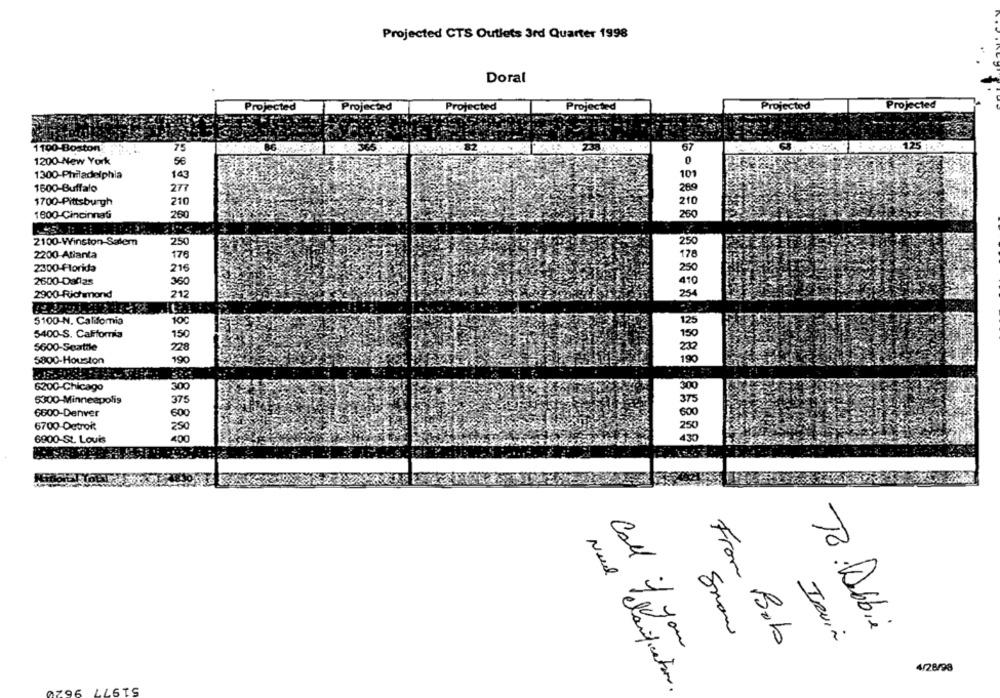
Projected CTS Outlets 3rd Quarter 1998
Doral
Projected
Projected
Projected
Projected
Projected
Projected
1100-Boston
67
125
75
1200 New York
56
0
1300-Philadelphia
143
1600-Buffalo
277
269
1700-Pittsburgh
210
210
1800-Cincinnati
200
250
2100-Winston-Salem
250
250
2200-Atlanta
176
178
2300-Florida
216
250
2600-Dallas
360
254
212
5100-N. California
100
5400-S. California
150
150
$600-Scattle
228
5800-Houston
190
6200-Chicago
300
5300-Minneapolis
375
6600-Denver
600
500
6700-Detrok
250
6900-St. Louis
400
130
Snan
To Dobie
TRUin
Call if you
From Boob
4/28/98
51977 9620
Nuel clarification.